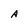
Character: A